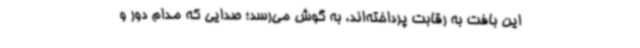
این بافت به رقابت پرداخته‌اند، به گوش می‌رسد؛ صدایی که مدام دور و